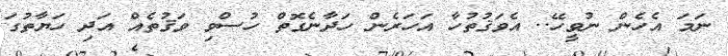
ނަމަ އެހެން ނުވީހޭ.. އެވަޤުތުހާ އަހަރެން ހަދާނެގޮތް ހުސްވި ވަޤުތެއް އަދި ހަޔާތުގަ